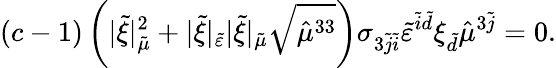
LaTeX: \left(c-1\right)\left(\lvert\tilde{\xi}\rvert_{\tilde{\mu}}^{2}+\lvert\tilde{\xi}\rvert_{\tilde{\varepsilon}}\lvert\tilde{\xi}\rvert_{\tilde{\mu}}\sqrt{\hat{\mu}^{33}}\right)\sigma_{3\tilde{j}\tilde{i}}\tilde{\varepsilon}^{\tilde{i}\tilde{d}}\xi_{\tilde{d}}\hat{\mu}^{3\tilde{j}}=0.